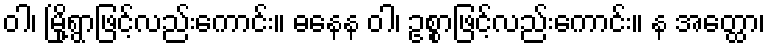
ဝါ၊ မြို့ရွာဖြင့်လည်းကောင်း။ ဓနေန ဝါ၊ ဥစ္စာဖြင့်လည်းကောင်း။ န အတ္ထော၊